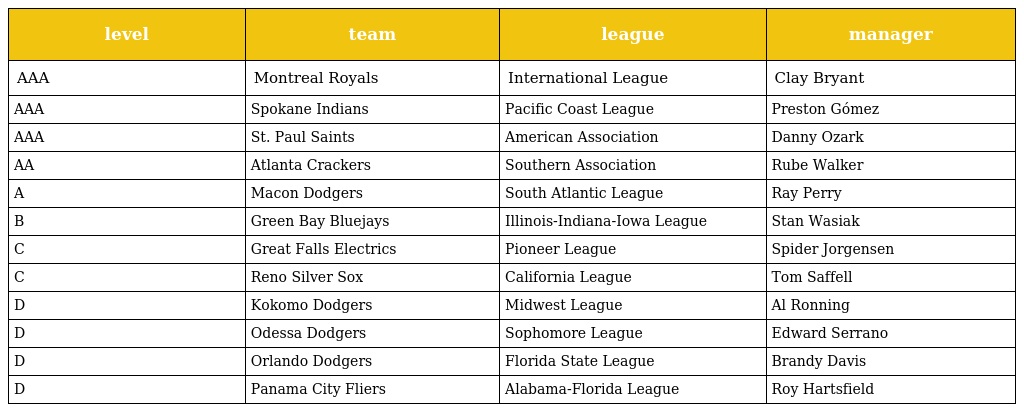
| level | team | league | manager |
 | --- | --- | --- | --- |
 | AAA | Montreal Royals | International League | Clay Bryant |
 | AAA | Spokane Indians | Pacific Coast League | Preston Gómez |
 | AAA | St. Paul Saints | American Association | Danny Ozark |
 | AA | Atlanta Crackers | Southern Association | Rube Walker |
 | A | Macon Dodgers | South Atlantic League | Ray Perry |
 | B | Green Bay Bluejays | Illinois-Indiana-Iowa League | Stan Wasiak |
 | C | Great Falls Electrics | Pioneer League | Spider Jorgensen |
 | C | Reno Silver Sox | California League | Tom Saffell |
 | D | Kokomo Dodgers | Midwest League | Al Ronning |
 | D | Odessa Dodgers | Sophomore League | Edward Serrano |
 | D | Orlando Dodgers | Florida State League | Brandy Davis |
 | D | Panama City Fliers | Alabama-Florida League | Roy Hartsfield |